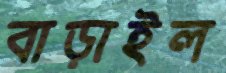
বাড়াইল